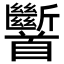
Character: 𩠹